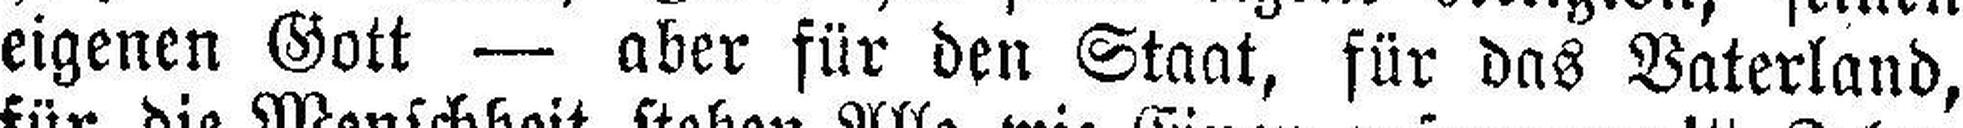
eigenen Gott — aber für den Staat, für das Vaterland,